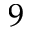
9